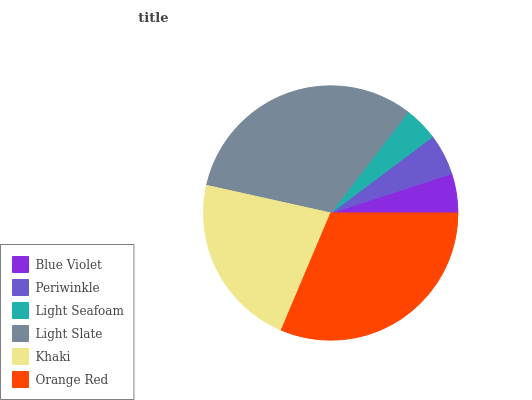
| Blue Violet | Periwinkle | Light Seafoam | Light Slate | Khaki | Orange Red |
 | --- | --- | --- | --- | --- | --- |
 | 5.01% | 5.22% | 4.36% | 32% | 22.1% | 31.3% |